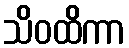
သိဝထိကာ